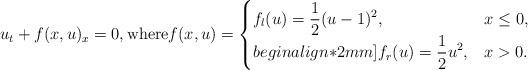
LaTeX: \begin{align*} u_t + f(x,u)_x=0, \mbox{where} f(x,u) = \begin{cases} \displaystyle f_l(u)= \frac12 (u-1)^2 , & x\le0,\\begin{align*}2mm] \displaystyle f_r(u) = \frac12 {u^2}, & x>0. \end{cases} \end{align*}